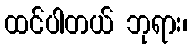
ထင်ပါတယ် ဘုရား၊